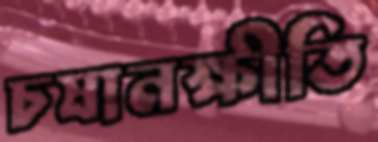
চষানক্ষীতি